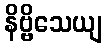
နိဗ္ဗိသေယျ